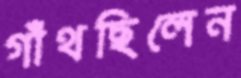
গাঁথছিলেন